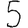
Digit: 5